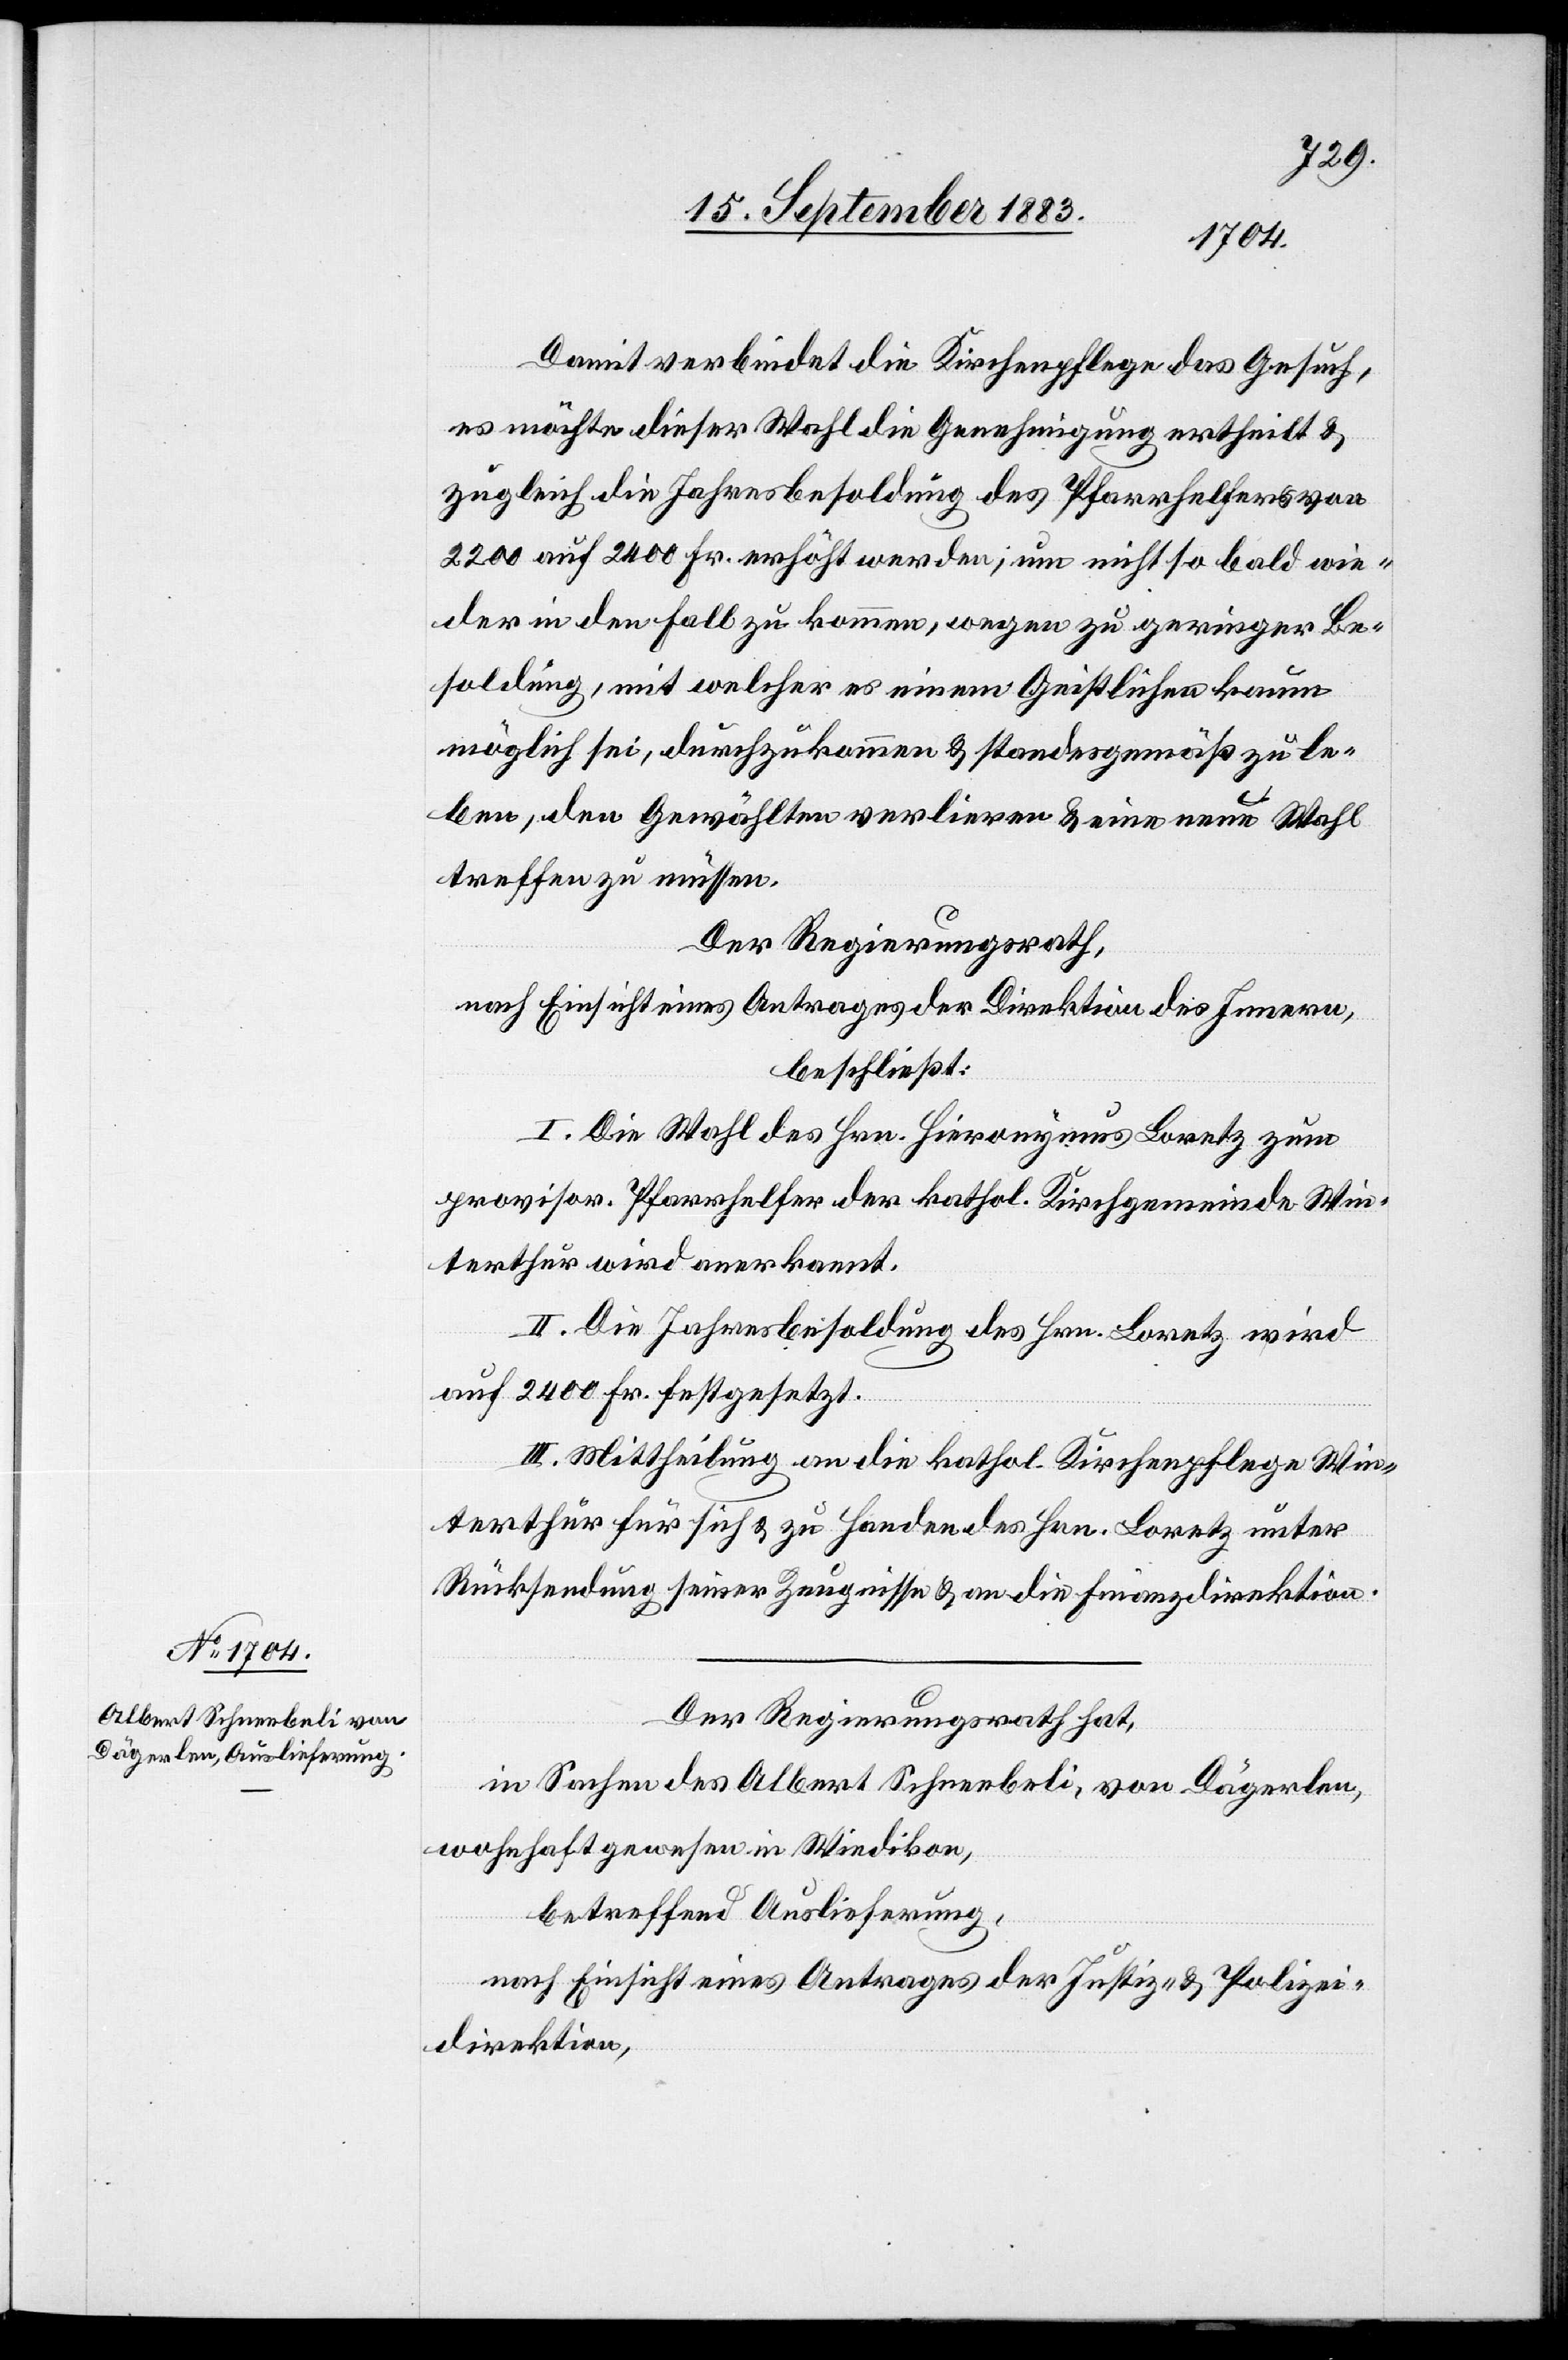
Damit verbindet die Kirchenpflege das Gesuch,
es möchte dieser Wahl die Genehmigung ertheilt &
zugleich die Jahresbesoldung des Pfarrhelfers von
2200 auf 2400 Fr. erhöht werden; um nicht so bald wie¬
der in den Fall zu kommen, wegen zu geringer Be¬
soldung, mit welcher es einem Geistlichen kaum
möglich sei, durchzukommen & standesgemäß zu le¬
ben, den Gewählten verlieren & eine neue Wahl
treffen zu müssen.
Der Regierungsrath,
nach Einsicht eines Antrages der Direktion des Innern,
beschließt:
I. Die Wahl des Hrn. Hieronymus Loretz zum
provisor. Pfarrhelfer der kathol. Kirchgemeinde Win¬
terthur wird anerkannt.
II. Die Jahresbesoldung des Hrn. Loretz wird
auf 2400 Fr. festgesetzt.
III. Mittheilung an die kathol. Kirchenpflege Win¬
terthur für sich & zu Handen des Hrn. Loretz unter
Rücksendung seiner Zeugnisse & an die Finanzdirektion.
Der Regierungsrath hat,
in Sachen des Albert Schneebeli, von Dägerlen,
wohnhaft gewesen in Wiedikon,
betreffend Auslieferung,
nach Einsicht eines Antrages der Justiz- & Polizei¬
direktion,